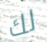
لك